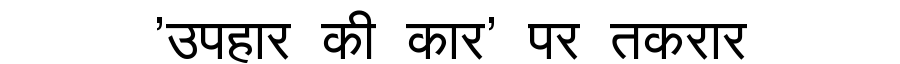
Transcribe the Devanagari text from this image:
'उपहार की कार' पर तकरार